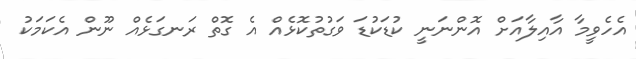
އެހެވީމާ އާއިލާއަށް އޮންނަނީ ކުޑަކުޑަ ވަގުތުކޮޅެއް އެ ގޮތް ރަނގަޅެއް ނޫން އެކަމަކު